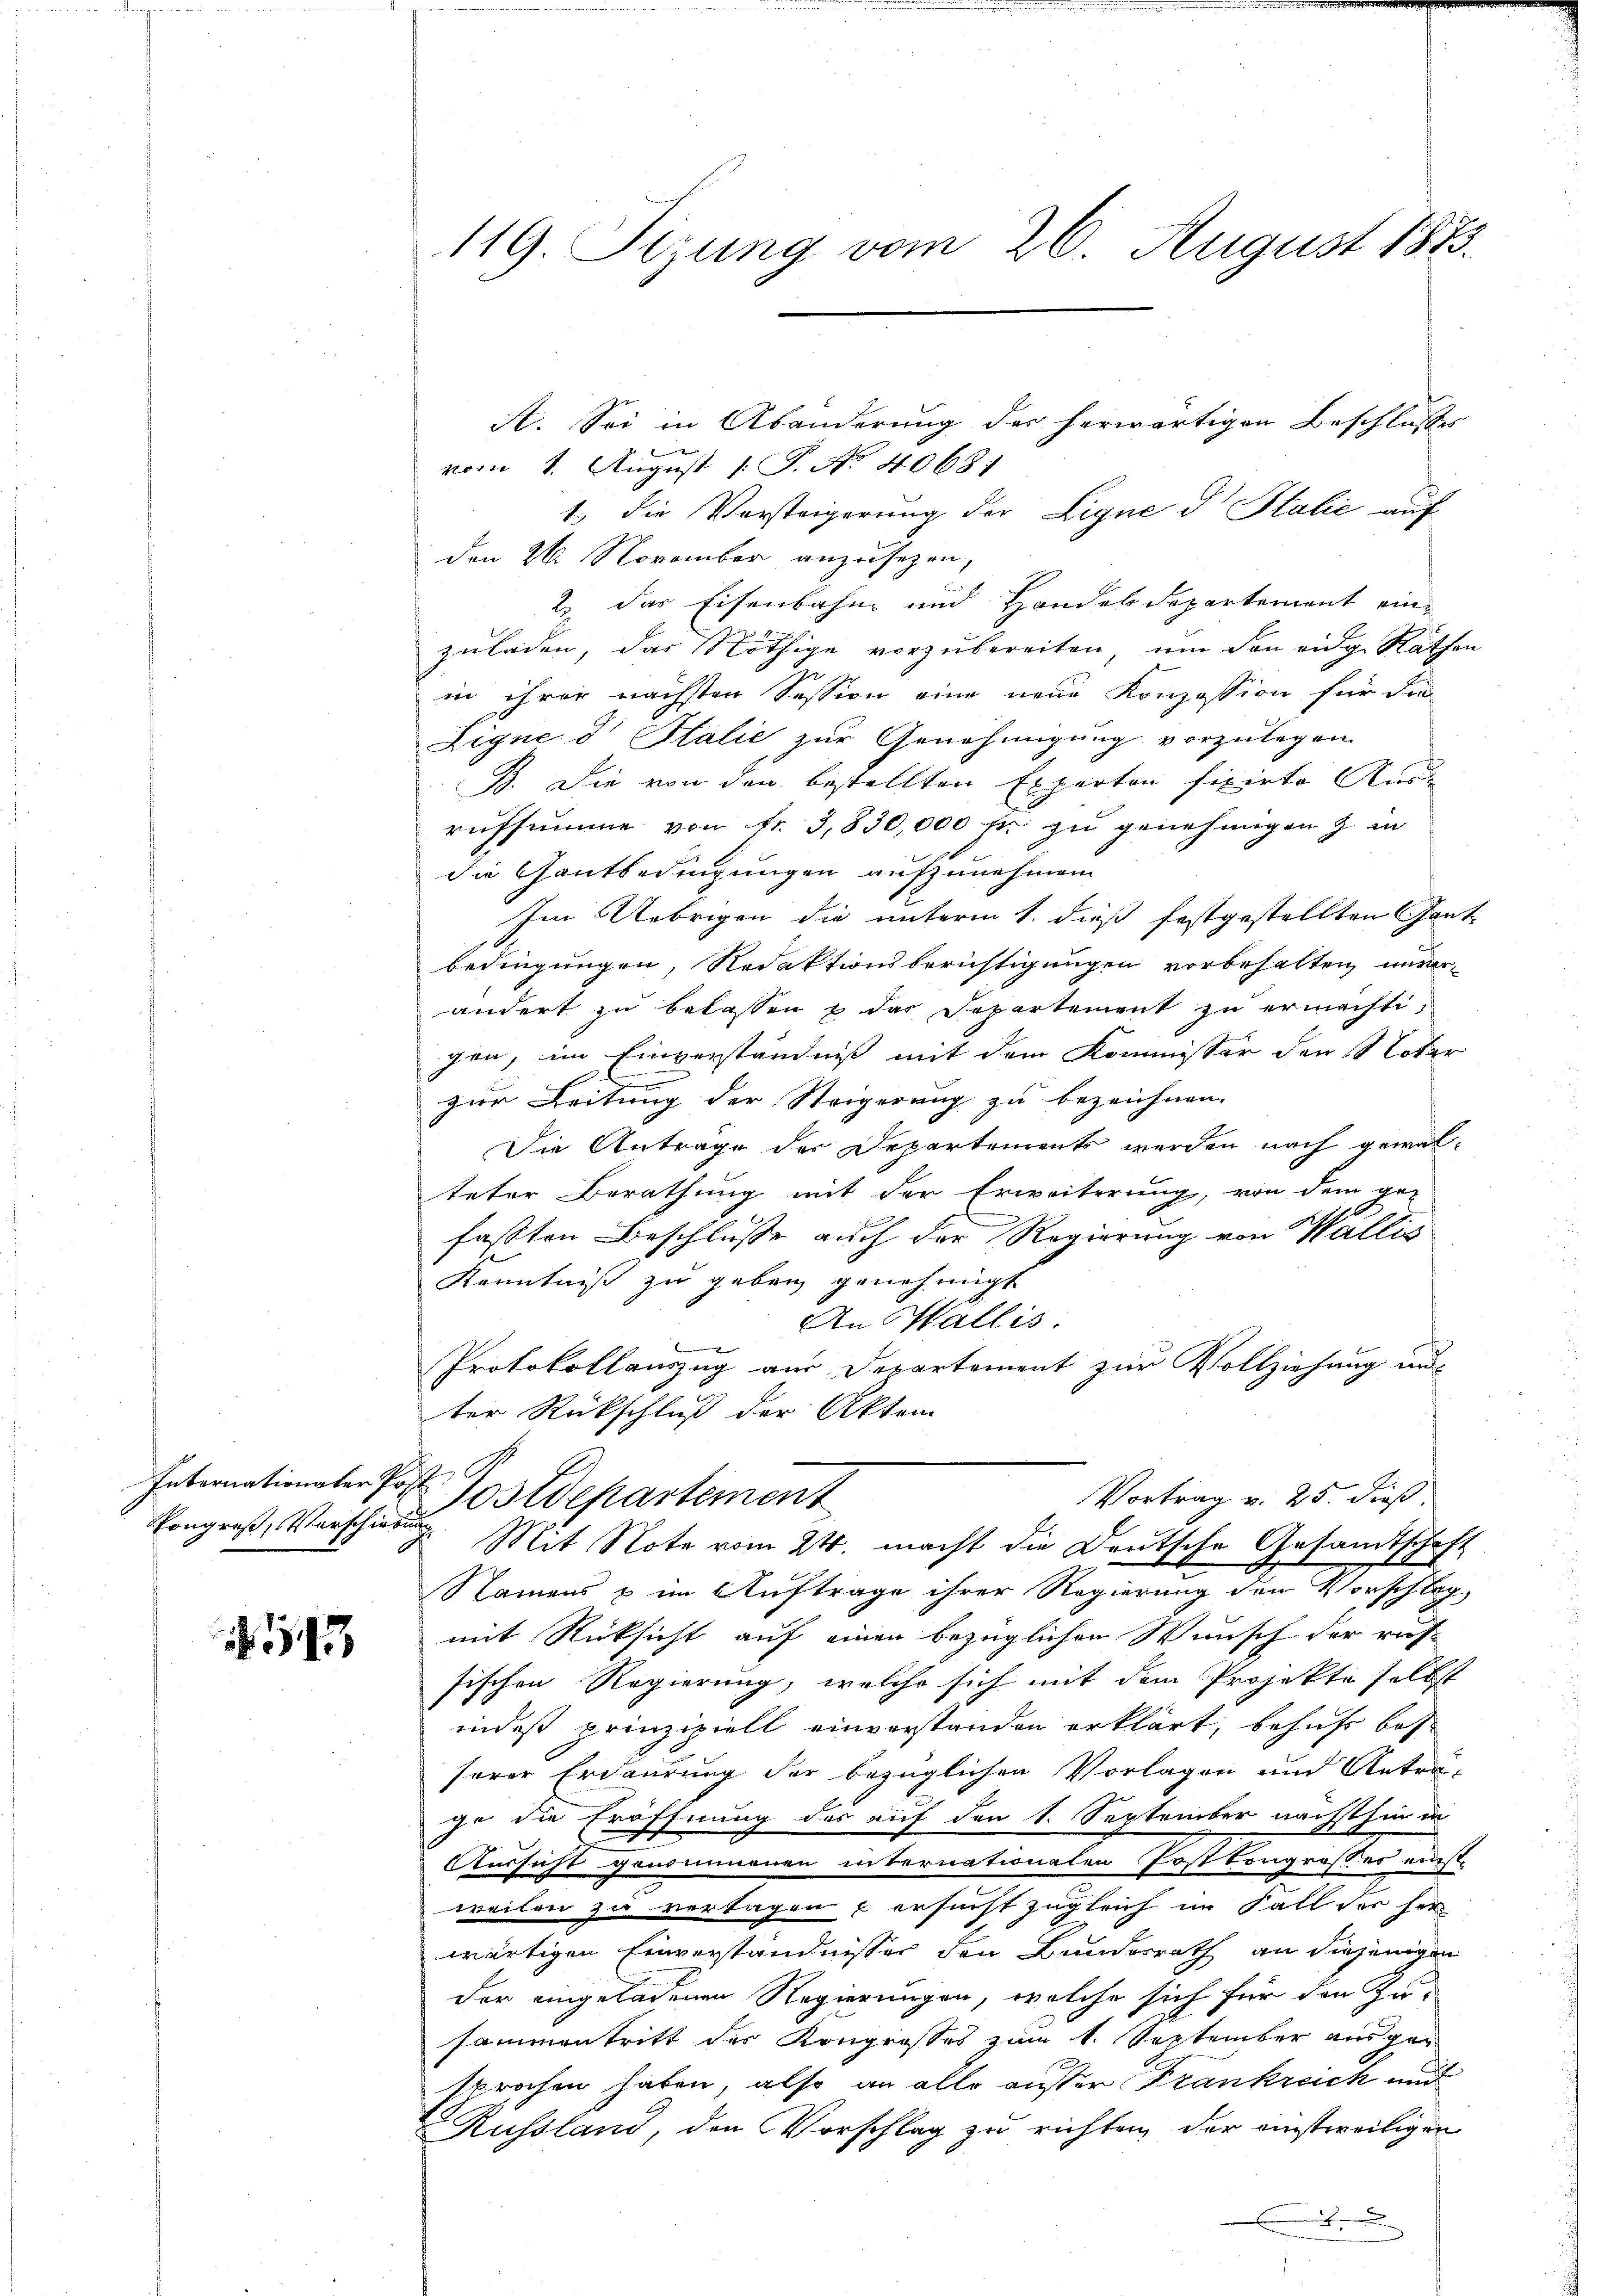
Internationaler Post

513

A. Sei in Abänderung des herwärtigen Beschlusses
vom 1. August [ P. No. 40681
1., die Vorsteigerung der Ligne d Italić auf
den 26. November anzusehen,
2 das Eisenbahn und Handelsdepartement einzuladen, das Nöthige vorzubereiten, um den eidg. Räthen
in ihrer nächsten Session eine neue Konzession für die
Ligne d. Stalie zur Genehmigung vorzulegen.
B. Die von den bestellten Experten fixirte Aus-
rufsumme von Fr. 3,830,000 fr. zu genehmigen & in
die Gantbedingungen aufzunehmen.
Im Uebrigen die unterm 1. dieß festgestellten Gant-
bedingungen, Redaktionsberichtigungen vorbehalten unterändert zu belassen & der Departement zu ermacht,
gen, im Einverständniß mit dem Kommissär den 1 Voter
e
zur Leitung der Steigerung zu bezeichnen.
Die Anträge der Departements werden nach gewal-
teter Berathung mit der Erweiterung, von dem ge-
fassten Beschlusse auch der Regierung von Wallis
Kenntniß zu geben genehmigt
An Wallis.
Protokollauszug aus Departement zur Vollziehung un
ter Rückschluß der Akten

119. Sizung vom 26. August 1873.

Namens & im Auftrage ihrer Regierung den Vorschlag
mit Rücksicht auf einen bezüglichen Wunsch der rus-
sischen Regierung, welche sich mit dem Projekte selbst
indest prinzipiell einverstanden erklärt, behufs besserer Erdaurung der bezüglichen Vorlagen und Anträ-
ge die Eröffnung des auf den 1. September nächsthin in
Aussicht genommenen internationalen PostCongrosses einstweilen zu vertagen & ersucht zugleich im Fall der sei
wärtigen Einverständnisses den Bundesrath an diejenigen
der eingeladenen Regierungen, welche sich für den Zusammentritt des Kongrosses zum 1. September ausgesprochen haben, also an alle ausser Frankreich und
Russland, den Vorschlag zu richten, der einstweiligen

Vortrag v. 25. dieß.
Postdepartement
Kongreß, Vorschienen Mit Note vom 24. macht die Deutsche Gesandtschaft